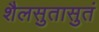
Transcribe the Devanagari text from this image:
शैलसुतासुतं